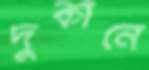
দুকানে